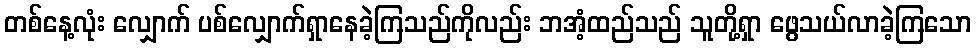
တစ်နေ့လုံး လျှောက် ပစ်လျှောက်ရှာနေခဲ့ကြသည်ကိုလည်း ဘအံ့ထည်သည် သူတို့ရှာ ဖွေသယ်လာခဲ့ကြသော